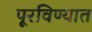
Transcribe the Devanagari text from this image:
पूरविण्यात